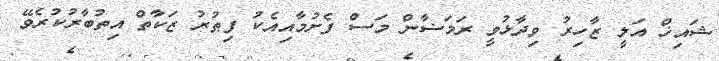
ޝައިޚް އަލީ ޒާހިރު ވިދާޅުވީ ރަމަޟާން މަސް ފެށުމާއިއެކު ފިޠުރު ޒަކާތް އިތުބާރުކުރެވޭ